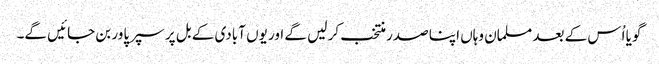
گویا اُس کے بعد مسلمان وہاں اپنا صدر منتخب کر لیں گے اور یوں آبادی کے بل پر سپر پاور بن جائیں گے۔